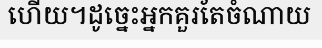
ហើយ។ដូច្នេះអ្នកគួរតែចំណាយ